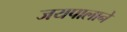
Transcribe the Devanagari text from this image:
जयपालाने